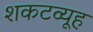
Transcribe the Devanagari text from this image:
शकटव्यूह